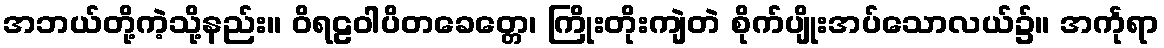
အဘယ်တို့ကဲ့သို့နည်း။ ဝိရဠဝါပိတခေတ္တေ၊ ကြိုးတိုးကျဲတဲ စိုက်ပျိုးအပ်သောလယ်၌။ အင်္ကုရာ